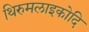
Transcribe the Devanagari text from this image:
थिरुमलाइकोदि